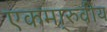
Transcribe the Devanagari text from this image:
एकमा्रुवीय